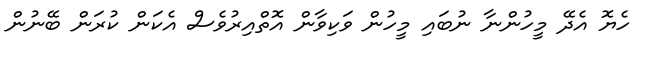
ހެޔޮ އެދޭ މީހުންނާ ނުބައި މީހުން ވަކިވާން އޮތްއިރުވެސް އެކަން ކުރަން ބޭނުން